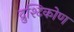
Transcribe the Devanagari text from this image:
द्रुश्टिकोण